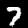
Digit: 7